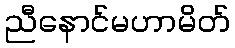
ညီနောင်မဟာမိတ်